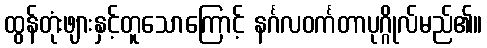
ထွန်တုံးဖျားနှင့်တူသောကြောင့် နင်္ဂလဝင်္ကတာပုဂ္ဂိုလ်မည်၏။